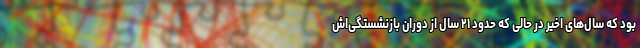
بود که سال‌های اخیر در حالی که حدود ۲۱ سال از دوران بازنشستگی‌اش